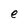
Character: e